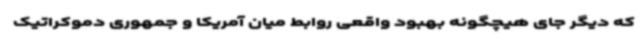
که دیگر جای هیچگونه بهبود واقعی روابط میان آمریکا و جمهوری دموکراتیک